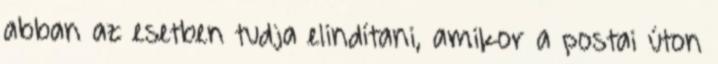
abban az esetben tudja elindítani, amikor a postai úton